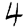
Digit: 4